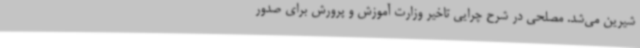
شیرین می‌شد. مصلحی در شرح چرایی تاخیر وزارت آموزش و پرورش برای صدور